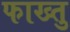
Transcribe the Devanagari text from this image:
फाख्तु